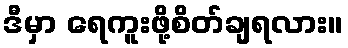
ဒီမှာ ရေကူးဖို့စိတ်ချရလား။